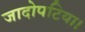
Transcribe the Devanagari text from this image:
जादोपटिया।